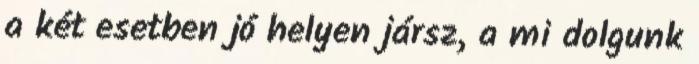
a két esetben jó helyen jársz, a mi dolgunk